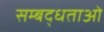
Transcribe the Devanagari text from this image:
सम्बद्धताओं